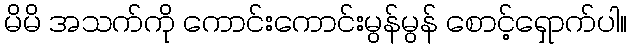
မိမိ အသက်ကို ကောင်းကောင်းမွန်မွန် စောင့်ရှောက်ပါ။